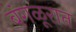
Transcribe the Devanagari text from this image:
बंगळूरात